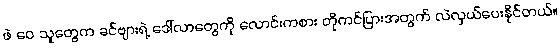
ဖဲ ဝေ သူတွေက ခင်ဗျားရဲ့ ဒေါ်လာတွေကို လောင်းကစား တိုကင်ပြားအတွက် လဲလှယ်ပေးနိုင်တယ်။